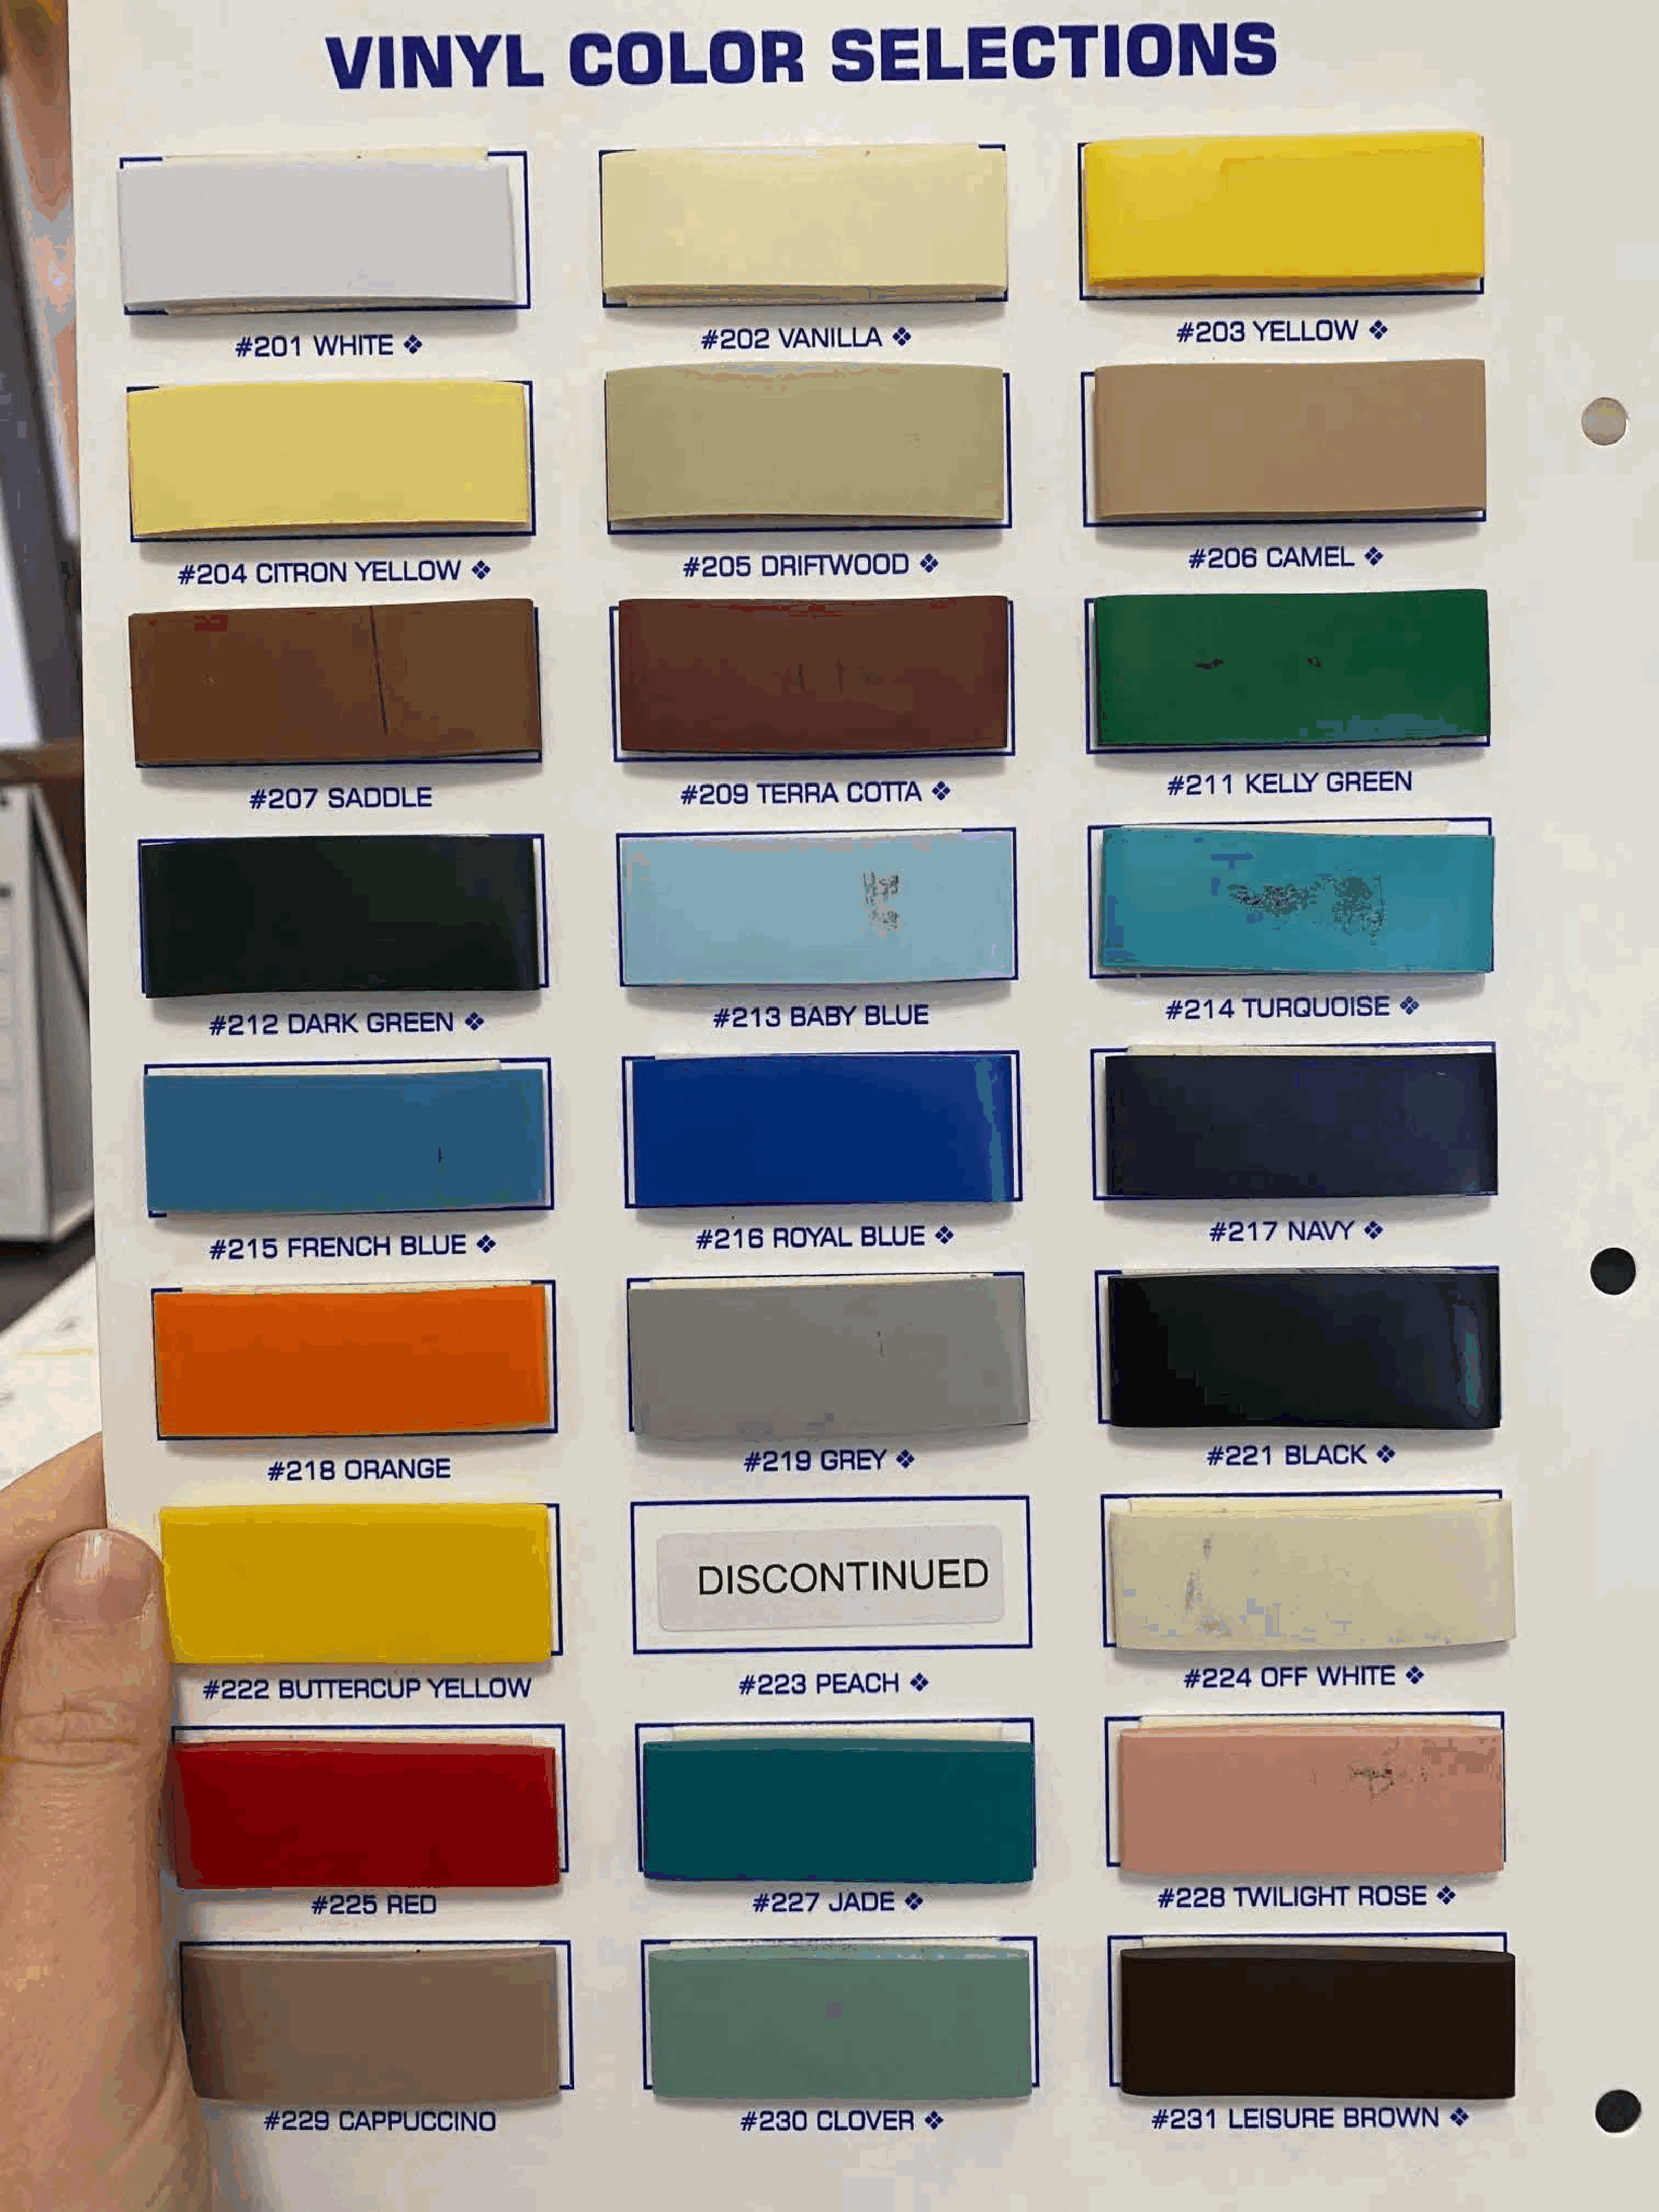
V     I  N      Y     L       COLOR                            SELECTIONS
 -
 I
 #203     YELLOW         •:•
 #202      VANILLA
 # 201    WHITE                                                                    ♦:•
 •:♦
 -
 #  206    CAMEL
 #205      DRIFTWOOD                                                                  ♦:•
 #204      CITRON       YELLOW        •:•                                                      •:♦
 # 211    KELLY      GREEN
 #207      SADDLE                                       # 209    TERRA      CO   I IA  •!•
 • J
 •
 =---J
 #  21  4  TURQUOISE
 <•                              #213     BABY      BLUE                                                               ❖
 #212      DARK      GREEN
 •
 # 217     NAW
 #216      ROYAL      BLUE     •:•                                                   ♦:•
 #215      FRENCH        BLUE
 ♦:•
 # 221
 #219     GREY+                                                      BLACK      ❖
 #218     ORANGE
 DISCONTINUED
 #224     OFF     WHITE
 # 223     PEACH                                                                     ❖
 #222     BU   11 EHCUP      YELLOW                                                      ♦:•
 # 228    "TWILIGHT       ROSE
 # 227                                                                                 •:♦
 JADE      ♦
 # 230     CLOVER       ♦:•                          #231     LEISURE        BROWN        ❖